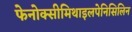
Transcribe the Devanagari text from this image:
फेनोक्सीमिथाइलपेनिसिलिन